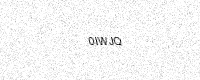
Text: 0IWJQ